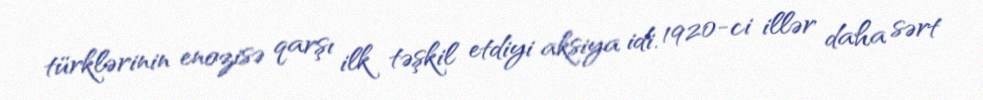
türklərinin enozisə qarşı ilk təşkil etdiyi aksiya idi. 1920-ci illər daha sərt